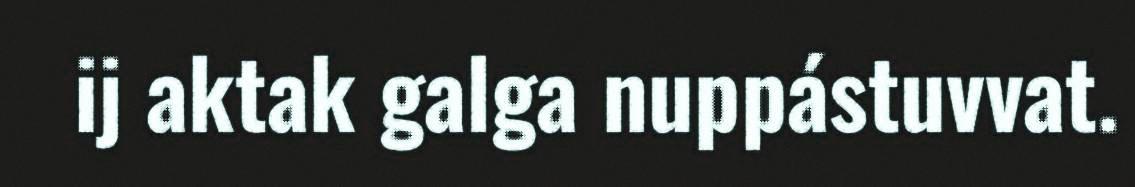
ij aktak galga nuppástuvvat.